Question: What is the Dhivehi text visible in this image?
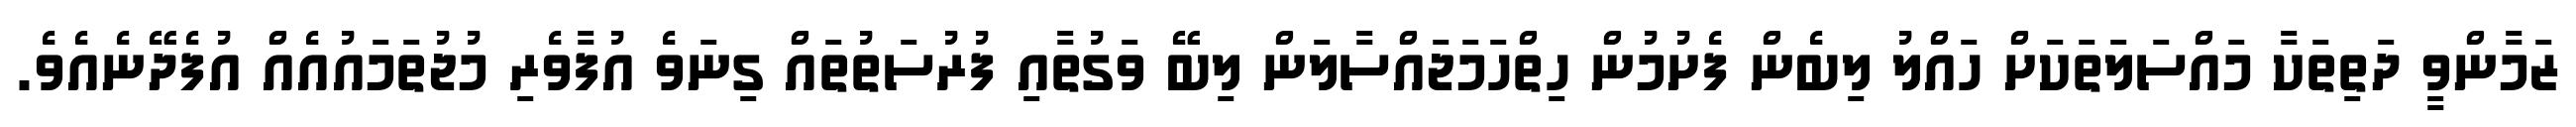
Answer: ޒަމާންވީ ދަތިތަކާ މައްސަލަތަކަށް ހައްލު ލިބެން ފެށުމުން ހިތްހަމަޖައްސާލަން ލިބޭ ވަގުތާއި ފުރުސަތުތައް ގިނަވެ އުފާވެރި މުޖުތަމައުއެއް އުފެދޭނެއެވެ.